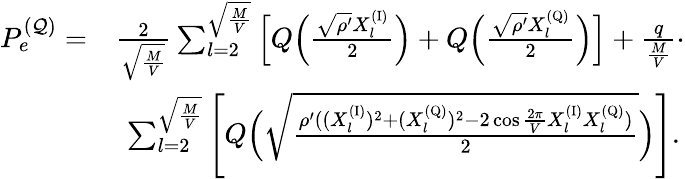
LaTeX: \begin{array}{rl}{P_{e}^{(\mathcal{Q})}=}&{\frac{2}{\sqrt{\frac{M}{V}}}\sum_{l=2}^{\sqrt{\frac{M}{V}}}\Big[Q\Big(\frac{\sqrt{\rho^{\prime}}X_{l}^{\mathrm{(I)}}}{2}\Big)+Q\Big(\frac{\sqrt{\rho^{\prime}}X_{l}^{\mathrm{(Q)}}}{2}\Big)\Big]+\frac{q}{\frac{M}{V}}\cdot}\\ &{\ \sum_{l=2}^{\sqrt{\frac{M}{V}}}\Bigg[Q\Big(\sqrt{\frac{\rho^{\prime}((X_{l}^{\mathrm{(I)}})^{2}+(X_{l}^{\mathrm{(Q)}})^{2}-2\cos\frac{2\pi}{V}X_{l}^{\mathrm{(I)}}X_{l}^{\mathrm{(Q)}})}{2}}\Big)\Bigg].}\end{array}